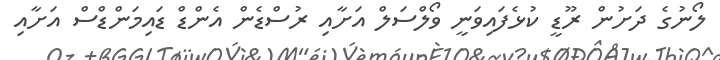
ލޯނުގެ ދަށުން ރޫޑީ ކުޅެފައިވަނީ ވޯލްސަލް އަށާއި ރުސްޑެން އެންޑް ޑައިމަންޑްސް އަށާއި